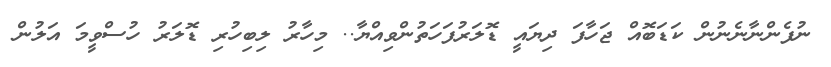
ނުފެންނާނެނުން ކަޑަބޮއް ޖަހާފަ ދިޔައީ ޑޮލަރުފަހަތުންވިއްޔާ.. މިހާރު ލިބިހުރި ޑޮލަރު ހުސްވީމަ އަލުން